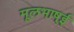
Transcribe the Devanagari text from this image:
मूलभाष्ई